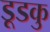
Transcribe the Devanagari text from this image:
डूडकु